Code of medical and sanitary regulations for the guidance of medical officers serving in the Madras Presidency - Volume I
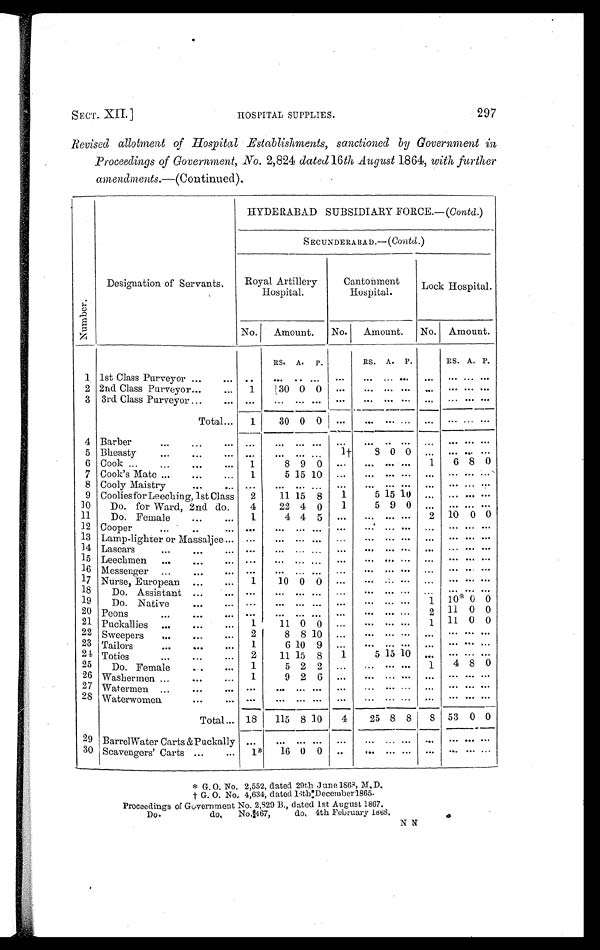
SECT. XII.]
HOSPITAL SUPPLIES.
297
Revised allotment of Hospital Establishments, sanctioned by Government in
Proceedings of Government, No. 2,824 dated 16 th August 1864, with further
amendments. —(Continued).
N u m b e r .
Designation of Servants.
HYDERABAD SUBSIDIARY FORCE.—( Contd. )
SECUNDERABAD.— ( Contd. )
Royal Artillery
Hospital.
Cantonment
Hospital.
Lock Hospital.
No.
Amount.
No.
Amount.
No. Amount.
R S . A. P.
RS. A. P.
RS. A. P.
1 1st Class Purveyor ...
...
. .
. . . . . . . . ...
. . . . . . . . .
. . .
. . .
. . . . . .
2 2nd Class Purveyor... . . .
...
1
30 0 0
...
. . . . . . . . .
. . .
. . .
. . . . . .
3 3rd Class Purveyor ...
. . .
. . .
. . . . . . . . . ...
. . . . . . . . .
. . .
. . .
. . . . . .
Total . . .
30 0 0
. . .
. . .
. . .
. . .
. . . . . .
1
...
. . .
4 Barber
. . .
...
... ...
. . . . . . . . . ...
. . .
. . . . . .
. . .
. . .
. . . . . .
5 Bheasty
. . .
...
. . .
. . .
. . . . . . . . .
1 †
8 0 0 ...
. . . ... . . .
6 Cook . . .
.. .
...
...
1
8 9 0
...
. . . . . . . . . 1
6 8 0
7 Cook's Mate ...
...
...
1
5 15 10 ...
. . .
. . . . . .
. . .
. . .
. . . . . .
8 Cooly Maistry
...
. .
. . .
. . . . . . . . . ...
. . .
. . . . . .
. . .
. . .
. . . . . .
9 Coolies for Leeching, 1st Class 2
11 15 8
1
5 15 10
. . .
. . .
. . . . . .
10
Do. for Ward, 2nd do.
4
22 4 0
1
5 9 0
. . .
. . .
. . . . . .
11
Do. Female ... ...
1
4 4 5
...
. . .
. . . . . . 2 10 0 0
12 Cooper
...
..
. . .
. . . ... ... ...
...
. . .
. . . . . .
. . .
. . .
. . . . . .
13 Lamp-lighter or Massaljee ...
. . .
. . . . . . . . . ...
. . .
. . . . . .
. . .
. . .
. . . . . .
14 Lascars
...
. . .
. . .
. . .
. . . . . . ...
...
. . .
. . . . . .
. . .
. . .
. . . . . .
15 Leechmen
. . .
...
. . .
. . . ... ... ...
...
. . .
. . . . . .
. . .
. . .
. . . . . .
1 6
Messenger . . .
...
. . .
. . .
. . . . . . ...
...
. . .
. . . . . .
. . .
. . .
. . . . . .
17 Nurse, European ...
. . . 1
10 0 0
...
. . . . . . . . .
. . .
. . .
. . . . . .
18
19
Do. Assistant
Do. Native
. . .
...
. . .
. . . . . .
. . .
. . .
. . .
. . .
. . .
. . .
. . .
...
...
. . .
. . .
. . .
. . .
. . .
. . .
. . .
1
. . .
10*
. . .
0 . . .
0
20 Peons ...
. . .
. . . . . .
. . . . . . . . . ...
... ...
. . . 2 11 0 0
21 Puckallies
...
...
. . .
1
11 0 0 ...
. . . . . . . . . 1 11 0 0
22 Sweepers
, . .
. . .
. . . 2
8 8 10 ...
. . . . . . . . .
. . .
. . .
. . . . . .
23 Tailors
...
. . .
. . . 1
6 10 9
...
. . . . . . . . .
. . .
. . .
. . . . . .
24 Toties
...
. . .
. . . 2
11 15 8
1
5 15 10 ...
. . . . . . . . .
25
Do. Female
...
. . . 1
5 2 2 ...
. . .
. . . . . . 1
4 8 0
26 Washermen . . .
. . .
. . . 1
9 2 6 ...
. . .
. . . . . .
. . .
. . .
. . . . . .
27
Watermen ...
. . .
. . .
. . .
. . . . . . . . . ...
. . .
. . . . . .
. . .
. . .
. . . . . .
2 8 Waterwomen
. . .
. . .
. . .
. . . . . . . . . ...
... ... ... ...
. . . . . . . . .
Total
. . .
53 0 0
18
115 8 10
4
25 8 8
8
29 Barrel Water Carts &Puckally ...
. . . . . . . . . ...
. . .
. . . . . .
. . .
. . .
. . .
. . .
30 Scavengers' Carts ...
...
1 *
16 0 0 ...
. . .
. . . . . .
. . .
. . .
. . .
. . .
* G. O. No. 2,552, dated 29th June 1868, M. D.
† G . O . N o . 4 , 6 3 4 , d a t e d 1 6 t h D e c e m b e r 1 8 6 5 .
Proceedings of Government No. 2,829 B., dated 1st August 1867.
Do. do. No. 8467, do, 4th February 1868.
N N